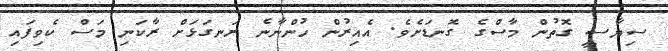
ސިޔާސީ ގޮތުން މާސްގެ ގޮނޑަށެވެ. އެއިރުން ހުންނާނެ ރަނގަޅަށް ރާކަނި މަަސް ކެވިފައި